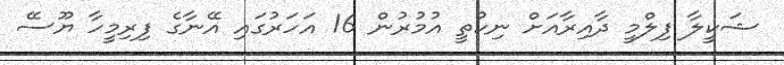
ޝަކީލާ ފިލްމީ ދާއިރާއަށް ނިކުތީ އުމުރުން 16 އަހަރުގައި އޭނާގެ ފިރިމީހާ ޔޫސޭ